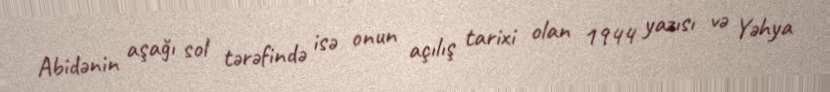
Abidənin aşağı sol tərəfində isə onun açılış tarixi olan 1944 yazısı və Yəhya